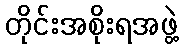
တိုင်းအစိုးရအဖွဲ့